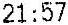
21:57